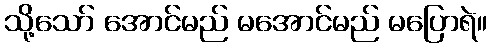
သို့သော် အောင်မည် မအောင်မည် မပြောရဲ။